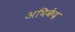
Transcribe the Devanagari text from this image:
अघिकेंद्र